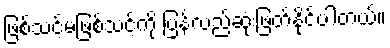
ဖြစ်သင့်မဖြစ်သင့်ကို ပြန်လည်ဆုံးဖြတ်နိုင်ပါတယ်။